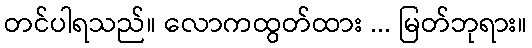
တင်ပါရသည်။ လောကထွတ်ထား ... မြတ်ဘုရား။